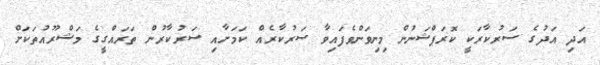
އަދި އަދުގެ ސަރުކާރަކީ ކޮރަޕްޝަނުން މިނިވަންވެފައިވާ ސަރުކާރެއް ކަމަށާއި ސަރުކާރުން ތަރައްގީގެ މަޝްރޫއުތަކަށް